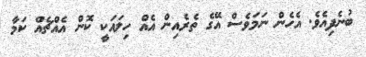
ބުނެފިއެވެ. އެހެން ނަމަވެސް އޭގެ ތެރެއިން އެއް ހިލައަކީ ކޮން އެއްޗެއް ކަމާ